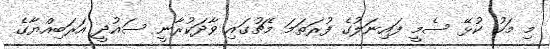
މި މަހު ކުޅޭ ސެމީ ފައިނަލުގެ ފުރަތަމަ މެޗުގައި ވާދަކުރާނީ ސައުދީ އަރަބިއްޔާގެ